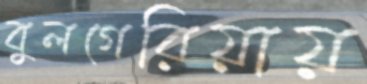
বুলগেরিয়ায়